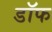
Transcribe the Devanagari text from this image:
डॉफ